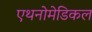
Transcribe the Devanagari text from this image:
एथनोमेडिकल